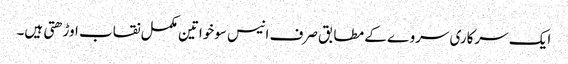
ایک سرکاری سروے کے مطابق صرف انیس سوخواتین مکمل نقاب اوڑھتی ہیں۔